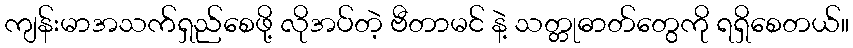
ကျန်းမာအသက်ရှည်စေဖို့ လိုအပ်တဲ့ ဗီတာမင် နဲ့ သတ္တုဓာတ်တွေကို ရရှိစေတယ်။